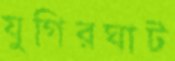
যুগিরঘাট